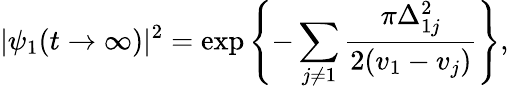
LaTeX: |\psi_{1}(t\rightarrow\infty)|^{2}=\exp\left\{ -\sum_{j\neq 1}\frac{\pi\Delta_{1j}^{2}}{2(v_{1}-v_{j})}\right\} ,